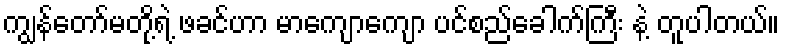
ကျွန်တော်မတို့ရဲ့ ဖခင်ဟာ မာကျောကျော ပင်စည်ခေါက်ကြီး နဲ့ တူပါတယ်။